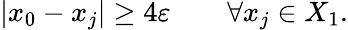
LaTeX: |x_{0}-x_{j}|\geq 4\varepsilon\qquad\forall x_{j}\in X_{1}.